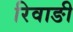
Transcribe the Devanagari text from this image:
रिवाङी